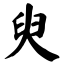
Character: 臾